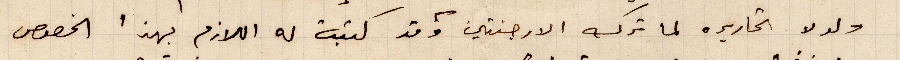
ولده تحاريره لما ترك الارجنتين وقد كتب له اللازم بهذا الخصوص